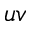
u v